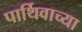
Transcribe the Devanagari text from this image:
पार्थिवाच्या